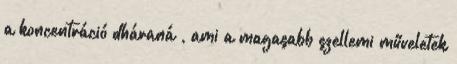
a koncentráció dháraná , ami a magasabb szellemi műveletek